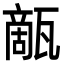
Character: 甋